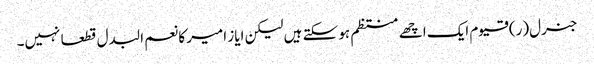
جنرل(ر) قیوم ایک اچھے منتظم ہو سکتے ہیں لیکن ایاز امیر کا نعم البدل قطعا نہیں۔